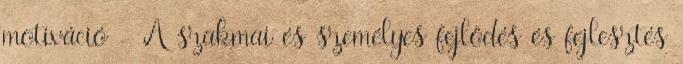
motiváció - A szakmai és személyes fejlődés és fejlesztés